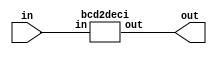
`timescale 1ns / 1ps
//////////////////////////////////////////////////////////////////////////////////
// Company: 
// Engineer: 
// 
// Design Name: 
// Module Name: bcd2deci
// Project Name: 
// Target Devices: 
// Tool Versions: 
// Description: 
// 
// Dependencies: 
// 
// Revision:
// Revision 0.01 - File Created
// Additional Comments:
// 
//////////////////////////////////////////////////////////////////////////////////
module bcd2decimal(input [3:0] in, output [9:0] out);
bcd2deci bcd2deci(.in(in),.out(out));
endmodule


module bcd2deci(input [3:0]in,output reg [9:0] out);
always @(*)
begin
out[0]<=~in[3]& ~in[2]& ~in[1]&in[0];
out[1]<=(~in[3]& ~in[2]& ~in[1])&in[0];
out[2]<=~in[3]& ~in[2]&in[1]&(~in[0]);
out[3]<=~in[3]& ~in[2] &in[1]&in[0];
out[4]<=~in[3]&in[2]& ~in[1]& ~in[0];
out[5]<=~in[3] &in[2]& ~in[1]&in[0];
out[6]<=~in[3] &in[2]&in[1]& ~in[0];
out[7]<=~(in[3])&in[2]&in[1]&in[0];
out[8]<=in[3]& ~in[2]& ~in[1]& ~in[0];
out[9]<=in[3]& ~in[2]& ~in[1]&in[0];
end
endmodule